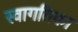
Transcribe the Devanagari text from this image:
स्वागतिका